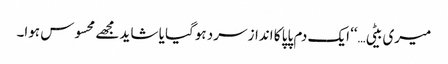
میری بیٹی…‘‘ ایک دم پاپا کا انداز سرد ہوگیا یا شاید مجھے محسوس ہوا۔